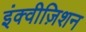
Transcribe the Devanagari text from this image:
इंक्वीज़िशन